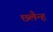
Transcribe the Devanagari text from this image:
छलैन्ह